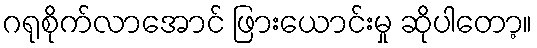
ဂရုစိုက်လာအောင် ဖြားယောင်းမှု ဆိုပါတော့။